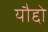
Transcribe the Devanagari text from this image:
यौद्दो